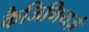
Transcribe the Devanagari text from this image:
कैजिमियर्ज़